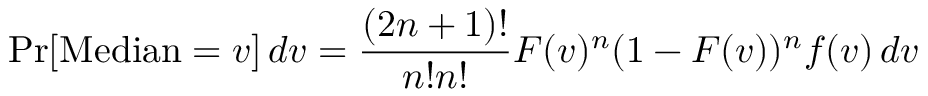
\operatorname* { P r } [ \operatorname { M e d i a n } = v ] \, d v = { \frac { ( 2 n + 1 ) ! } { n ! n ! } } F ( v ) ^ { n } ( 1 - F ( v ) ) ^ { n } f ( v ) \, d v